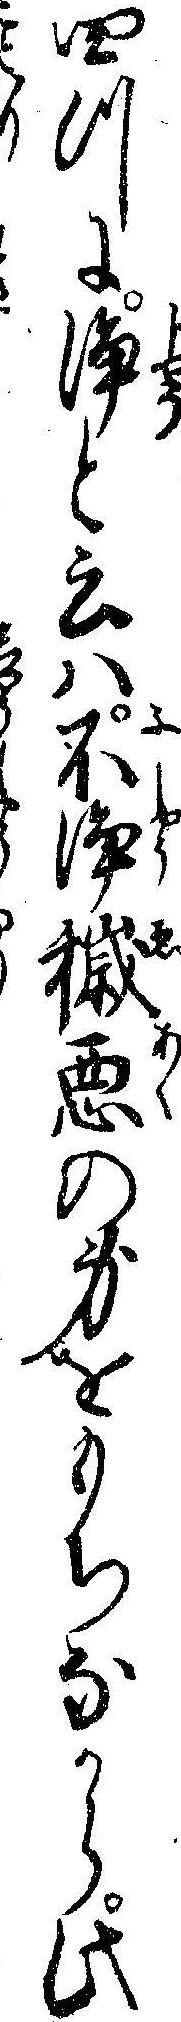
四つに浄と云ハ不浄穢悪の身をもちなから此